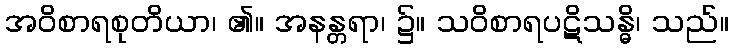
အဝိစာရစုတိယာ၊ ၏။ အနန္တရာ၊ ၌။ သဝိစာရပဋိသန္ဓိ၊ သည်။